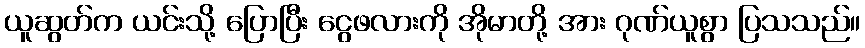
ယူဆွတ်က ယင်းသို့ ပြောပြီး ငွေဖလားကို အိုမာတို့ အား ဂုဏ်ယူစွာ ပြသသည်။